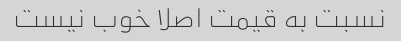
نسبت به قیمت اصلا خوب نیست